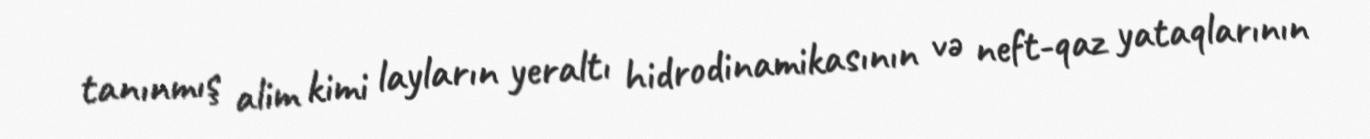
tanınmış alim kimi layların yeraltı hidrodinamikasının və neft-qaz yataqlarının